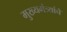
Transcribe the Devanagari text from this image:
मुख्यमंत्र्यांचे